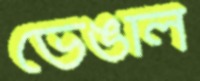
ভেঙাল